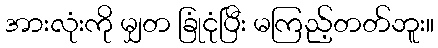
အားလုံးကို မျှတ ခြုံငုံပြီး မကြည့်တတ်ဘူး။